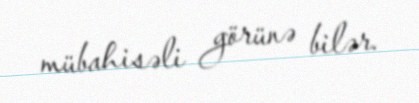
mübahisəli görünə bilər.